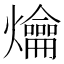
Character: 爚